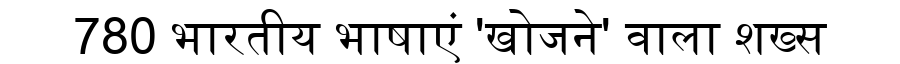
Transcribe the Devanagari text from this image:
780 भारतीय भाषाएं 'खोजने' वाला शख्स